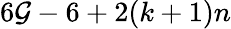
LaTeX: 6\mathcal{G}-6+2(k+1)n